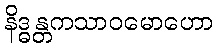
နိဒ္ဓန္တကသာဝမောဟော